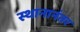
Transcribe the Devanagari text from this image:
स्थानानंतर